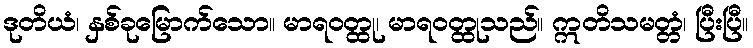
ဒုတိယံ၊ နှစ်ခုမြောက်သော။ မာရဝတ္ထု၊ မာရဝတ္ထုသည်။ ဣတိသမတ္တံ၊ ပြီးပြီ။